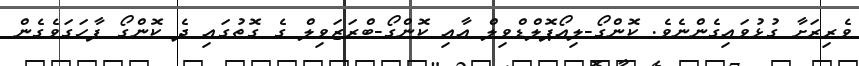
ވެރިރަށާ ގުޅުވައިގެންނެވެ. ކޮންގޯ-ލިއޯޕޮލްޑްވިލް އާއި ކޮންގޯ-ބްރަޒަވިލް ގެ ގޮތުގައި ދެ ކޮންގޯ ފާހަގަވެގެން